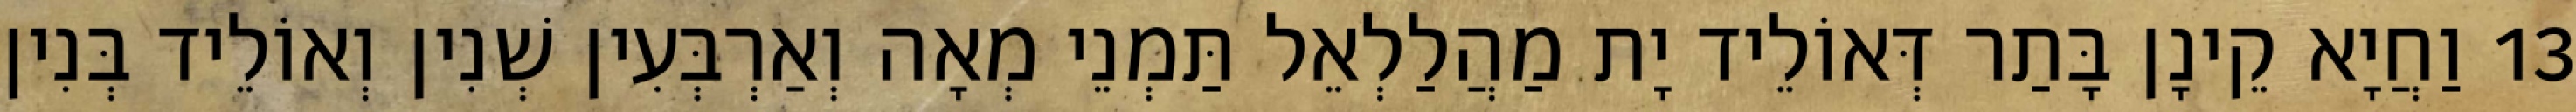
13 וַחֲיָא קֵינָן בָּתַר דְּאוֹלֵיד יָת מַהֲלַלְאֵל תַּמְנֵי מְאָה וְאַרְבְּעִין שְׁנִין וְאוֹלֵיד בְּנִין